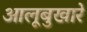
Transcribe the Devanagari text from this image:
आलूबुखारे